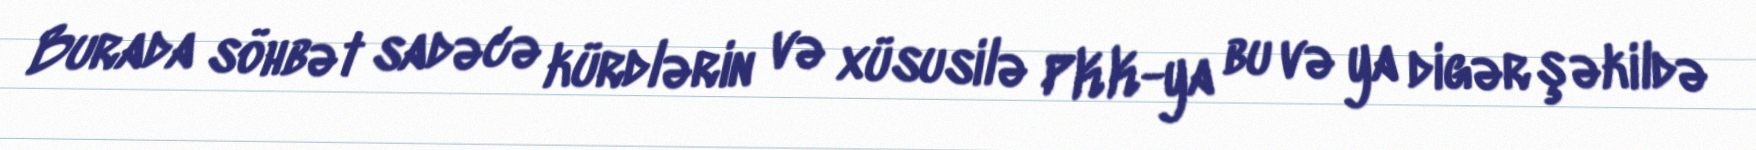
Burada söhbət sadəcə kürdlərin və xüsusilə PKK-ya bu və ya digər şəkildə